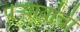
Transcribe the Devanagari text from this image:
पऱ्यायांची